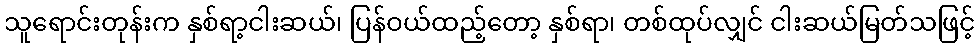
သူရောင်းတုန်းက နှစ်ရာ့ငါးဆယ်၊ ပြန်ဝယ်ထည့်တော့ နှစ်ရာ၊ တစ်ထုပ်လျှင် ငါးဆယ်မြတ်သဖြင့်